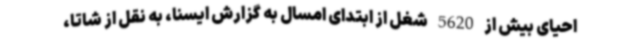
احیای بیش از 5620 شغل از ابتدای امسال به گزارش ایسنا، به نقل از شاتا،